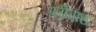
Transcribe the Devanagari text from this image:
परीपाठ